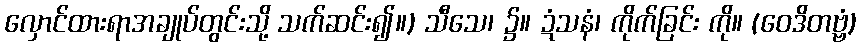
လှောင်ထားရာအချုပ်တွင်းသို့ သက်ဆင်း၍။) သီသေ၊ ၌။ ဍံသနံ၊ ကိုက်ခြင်း ကို။ (ဝေဒိတဗ္ဗံ)